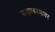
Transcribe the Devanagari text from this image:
बाह्यावरणावर